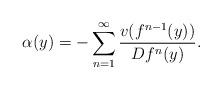
LaTeX: \begin{align*}\alpha(y) = -\sum_{n=1}^{\infty}\frac{v(f^{n-1}(y))}{Df^n(y)}.\end{align*}